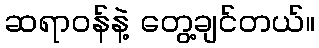
ဆရာဝန်နဲ့ တွေ့ချင်တယ်။